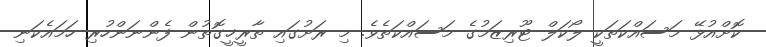
ކޮށްއުޅޭ މަސައްކަތަކީ ލޯކަލް ޓޫރިޒަމުގެ މަސައްކަތެވެ. މި ރަށުގައި ތާރީޚީގޮތުން ފެންނަންހުރި ހަމައެކަނި